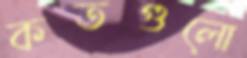
কতগুলো